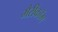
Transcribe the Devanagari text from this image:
मैरीकॉम